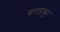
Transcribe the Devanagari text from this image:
बरठाकुर